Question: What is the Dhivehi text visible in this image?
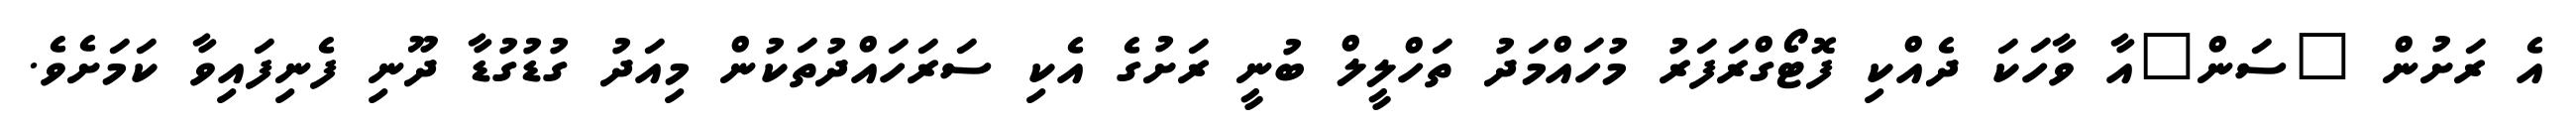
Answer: އެ ރަށުން "ސަން"އާ ވާހަކަ ދެއްކި ފޮޓޯގްރަފަރު މުހައްމަދު ތަހްލީލް ބުނީ ރަށުގެ އެކި ސަރަހައްދުތަކުން މިއަދު ގުޑުގުޑާ ދޫނި ފެނިފައިވާ ކަމަށެވެ.